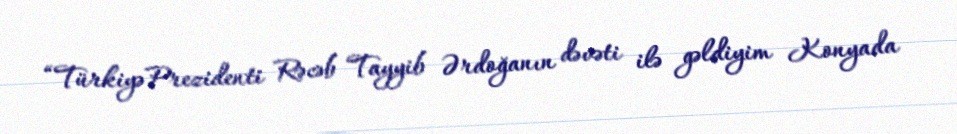
“Türkiyə Prezidenti Rəcəb Tayyib Ərdoğanın dəvəti ilə gəldiyim Konyada